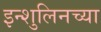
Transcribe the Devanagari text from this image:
इन्शुलिनच्या